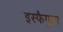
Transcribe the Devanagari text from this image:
इस्फैगुला